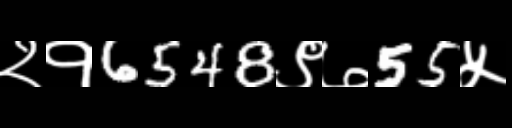
Text: २१6548९७55५